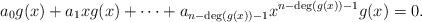
LaTeX: \begin{align*}a_0g(x)+a_1xg(x)+\cdots+a_{n-{\rm deg}(g(x))-1}x^{n-{\rm deg}(g(x))-1}g(x)=0.\end{align*}